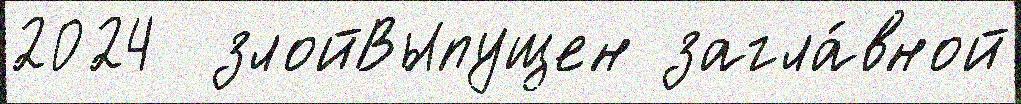
2024  злойВыпущен загла́вной